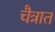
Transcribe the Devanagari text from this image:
चैत्रात